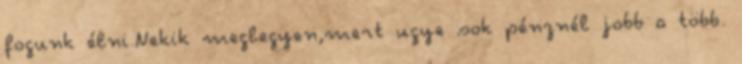
fogunk élni.Nekik meglegyen,mert ugye sok pénznél jobb a több.